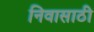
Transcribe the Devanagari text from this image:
निवासाठी